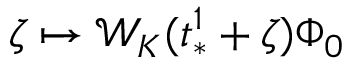
\zeta \mapsto \mathcal { W } _ { K } ( t _ { * } ^ { 1 } + \zeta ) \Phi _ { 0 }